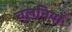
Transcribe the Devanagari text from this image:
चलनियाँ